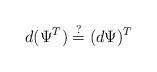
LaTeX: \begin{align*}d(\Psi^T)\overset{?}{=}(d\Psi)^T\end{align*}